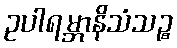
ဥပါရမ္ဘာနိသံသဉ္စ